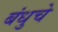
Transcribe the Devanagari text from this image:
बंधुचे